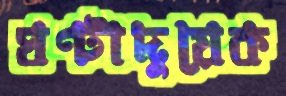
ঘণ্টাদুয়েক